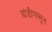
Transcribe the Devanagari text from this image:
दांडीपासून